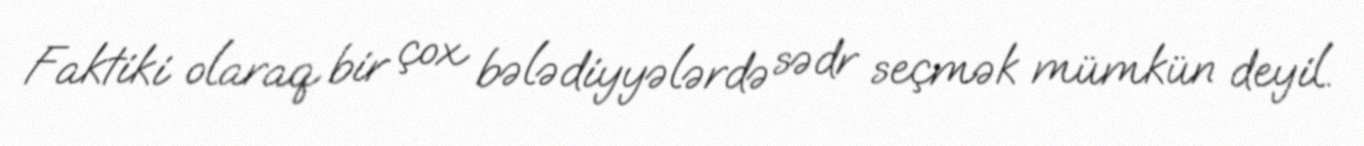
Faktiki olaraq bir çox bələdiyyələrdə sədr seçmək mümkün deyil.